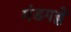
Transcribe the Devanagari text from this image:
मंडगड्डे